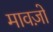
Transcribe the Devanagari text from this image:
मावज़ो